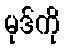
မုဒ်ကို